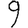
Digit: 9